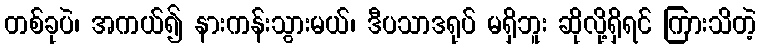
တစ်ခုပဲ၊ အကယ်၍ နားကန်းသွားမယ်၊ ဒီပသာဒရုပ် မရှိဘူး ဆိုလို့ရှိရင် ကြားသိတဲ့